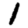
Digit: 1